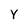
Character: Y